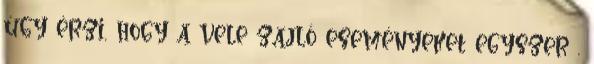
úgy érzi, hogy a vele zajló eseményeket egyszer .